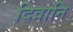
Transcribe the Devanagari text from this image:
दिवानि